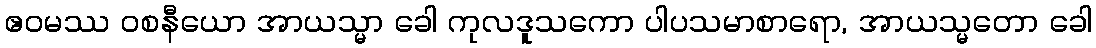
ဧဝမဿ ဝစနီယော အာယသ္မာ ခေါ ကုလဒူသကော ပါပသမာစာရော, အာယသ္မတော ခေါ